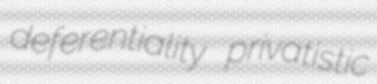
deferentiality privatistic